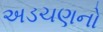
અડચણનો